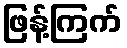
ဖြန့်ကြက်